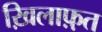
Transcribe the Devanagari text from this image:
ख़िलाफ़़त